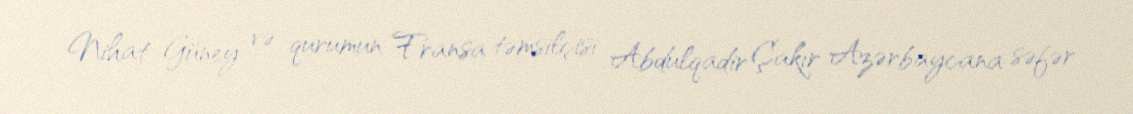
Nihat Güney və qurumun Fransa təmsilçisi Abdulqadir Çakır Azərbaycana səfər